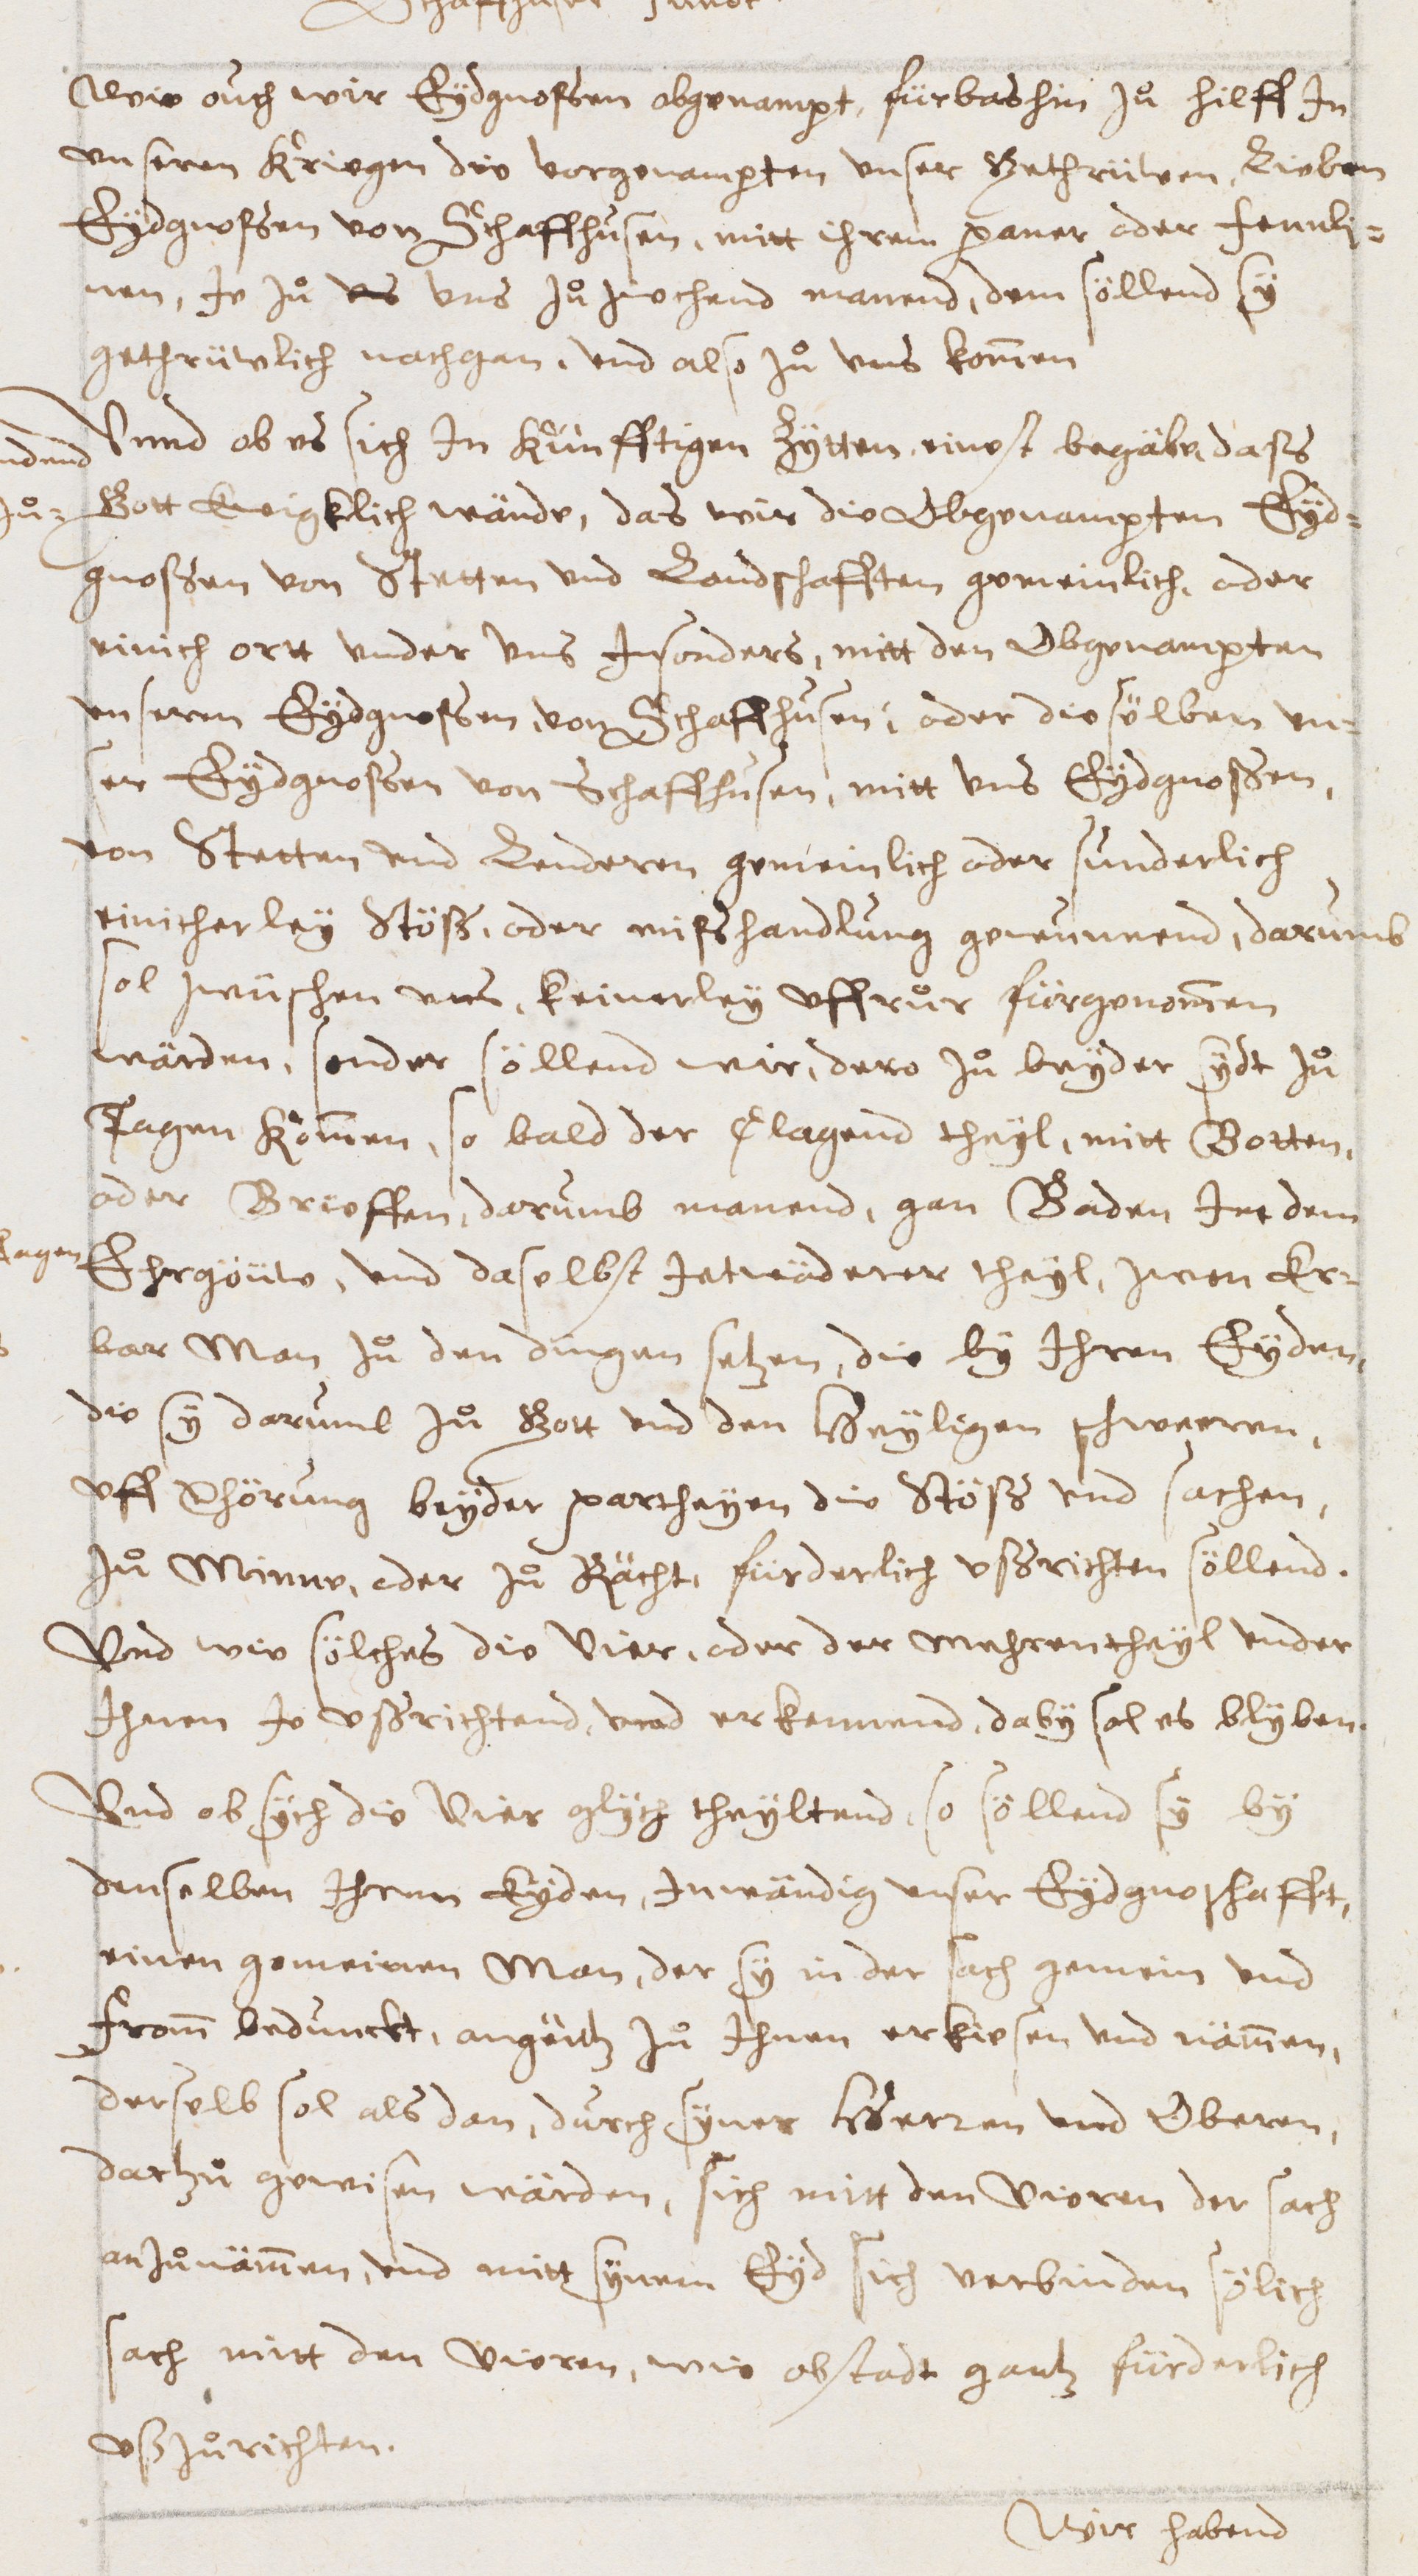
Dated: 1600–1699